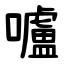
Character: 嚧